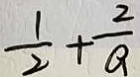
\frac { 1 } { 2 } + \frac { 2 } { a }